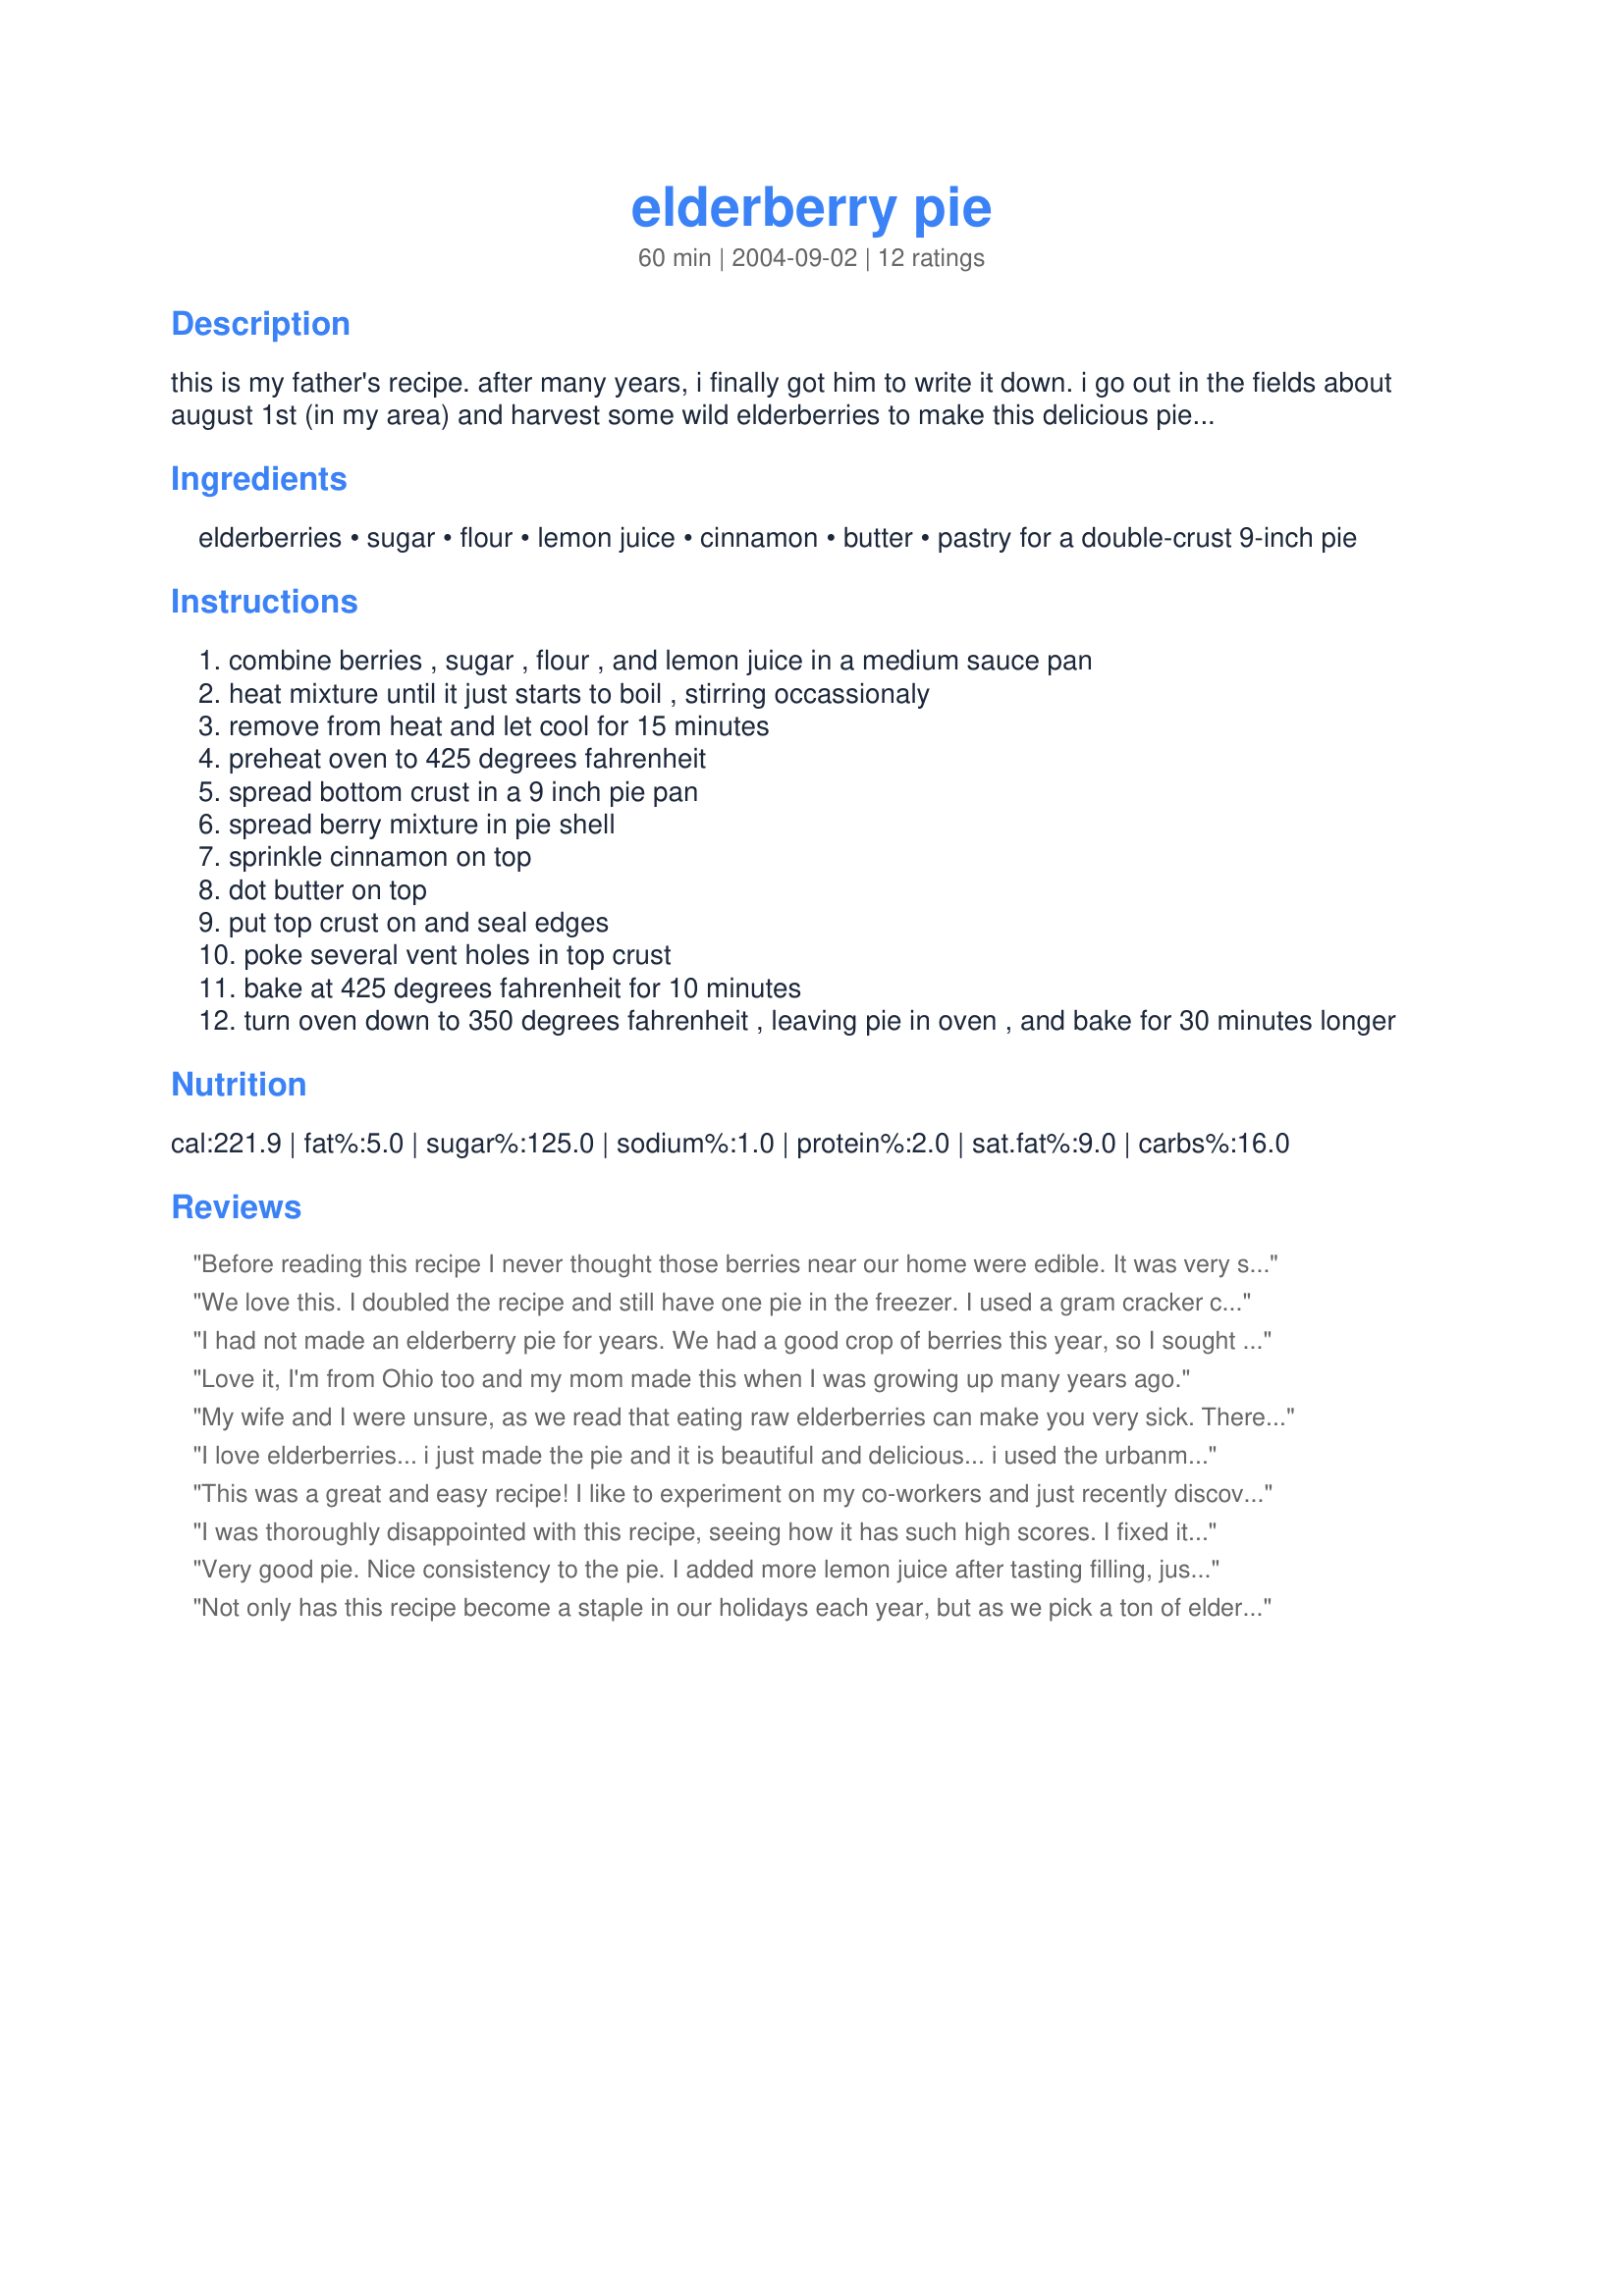
elderberry pie
Preparation time: 60 minutes

this is my father's recipe. after many years, i finally got him to write it down. i go out in the fields about august 1st (in my area) and harvest some wild elderberries to make this delicious pie.
my grandson toke the top prize at the ffa pie aution in 2006 with this pie.

Ingredients:
elderberries, sugar, flour, lemon juice, cinnamon, butter, pastry for a double-crust 9-inch pie

Steps:
combine berries , sugar , flour , and lemon juice in a medium sauce pan
heat mixture until it just starts to boil , stirring occassionaly
remove from heat and let cool for 15 minutes
preheat oven to 425 degrees fahrenheit
spread bottom crust in a 9 inch pie pan
spread berry mixture in pie shell
sprinkle cinnamon on top
dot butter on top
put top crust on and seal edges
poke several vent holes in top crust
bake at 425 degrees fahrenheit for 10 minutes
turn oven down to 350 degrees fahrenheit , leaving pie in oven , and bake for 30 minutes longer

Reviews:
Before reading this recipe I never thought those berries near our home were edible. It was very simple to follow and the result was a pie that the family ate up in minutes.
We love this. I doubled the recipe and still have one pie in the freezer. I used a gram cracker crust and it was very nice. A flavor all its own, but you would almost think there was chocolate in it. This was also great cold the next day and held up very well for the week we had it in the fridge as we ate two small pieces each night.
I had not made an elderberry pie for years. We had a good crop of berries this year, so I sought out a recipe and found this one. It was excellent! Tomorrow is my family reunion, and I plan to make another pie for it also.
Love it, I'm from Ohio too and my mom made this when I was growing up many years ago.
My wife and I were unsure, as we read that eating raw elderberries can make you very sick. There are many plants growing around the corner from our house and we picked them, followed the recipe, and it was terrific. My whole family ate it for dessert and the feeling that we picked them ourselves was just great. We used a frozen pie crust. Perfect. You need a top, so we bought two and cut the other one apart to lay on top. It wasn't pretty, but MMmmm... Thanks!
I love elderberries... i just made the pie and it is beautiful and delicious... i used the urbanmam recipe for pie crust, and followed the link from his blog to your recipe and it is wonderful, thank you
This was a great and easy recipe! I like to experiment on my co-workers and just recently discovered the wonderful treaure of elderberries in my back pasture. I made the pie and brought it in. A little while later I caught 4 people in the breakroom slurping up the juices with a spoon!
I was thoroughly disappointed with this recipe, seeing how it has such high scores.
I fixed it this year for thanksgiving(09) and it was so gross! Grant it, I have never made an elderberry pie before, but have made many many other pies.
People said about this pie: "It isn't sweet enough", "why is it crunchy", "eww, gross".
I will not be making an elderberry pie, again. I'll save them for jelly and for a cold and flu tonic.
Very good pie. Nice consistency to the pie. I added more lemon juice after tasting filling, just my preference. Thank you for a great recipe.
Not only has this recipe become a staple in our holidays each year, but as we pick a ton of elderberries each year, I also used it as a basis for my jam recipe. <br/><br/>We loved it so much, we're spreading the word! We shot a video on baking tips and added a homemade crust recipe that works really well with it.<br/>http://www.urbannatureman.com/elderberry-pie/
I made this pie and shared some of it with my mother. She just called to say it was the most wonderful Elderberry Pie she had ever tasted! I had to find the recipe again to print a copy out for her! Thank you so much for getting this recipe from your Dad.
Wonderful!!! We picked (on June Mountain) and cleaned (which takes a long time because they are so little) the berries one afternoon and made the pie the next day, using a pre-made pie crust because I stink at making good pie crust. It was delicious. Reading the reviews below, I can&#039;t imagine that MartinMama used this recipe and had it come out not good. Makes me think that maybe your berries were not fully ripe. If they don&#039;t have that coated (powdered sugar) look on them - they aren&#039;t ready. Thanks for this sharing this recipe, Roger/OH - it&#039;s a winner!
